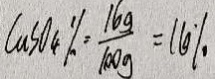
C u S O _ { 4 } \% = \frac { 1 6 g } { 1 0 0 g } = 1 6 \%